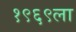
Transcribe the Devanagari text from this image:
१९६९ला